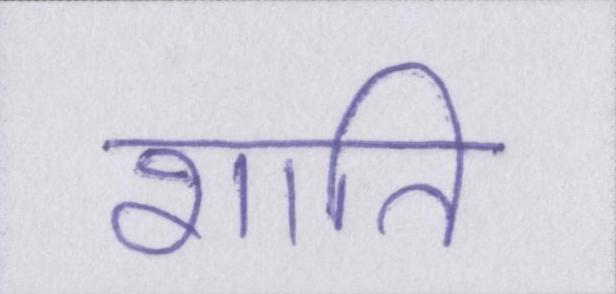
शाति